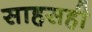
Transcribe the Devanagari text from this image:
साहसही